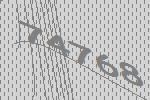
74768